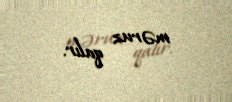
məruz qalır.